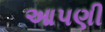
આપણી